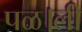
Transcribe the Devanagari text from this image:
पळ।ली